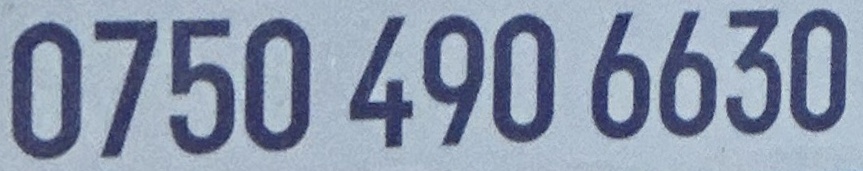
0750 490 6630